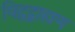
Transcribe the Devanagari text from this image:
विद्वद्ब्राह्मण